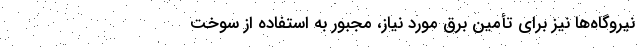
نیروگاه‌‌ها نیز برای تأمین برق مورد نیاز، مجبور به استفاده از سوخت